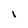
Character: I